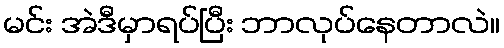
မင်း အဲဒီမှာရပ်ပြီး ဘာလုပ်နေတာလဲ။